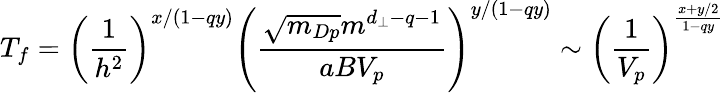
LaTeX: T_{f}=\left(\frac{1}{h^{2}}\right)^{x/(1-qy)}\left(\frac{\sqrt{m_{Dp}}m^{d_{\perp}-q-1}}{aBV_{p}}\right)^{y/(1-qy)}\sim\left(\frac{1}{V_{p}}\right)^{\frac{x+y/2}{1-qy}}